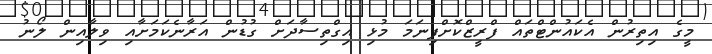
މީގެ އިތިރުން އެކައުންޓްތައް ފްރީޒްކޮށްފިނަމަ މުޅި އިގްތިސާދަށް ގުޑުން އަރާނެކަމަށާއި ވިލާއިން ލޯނު